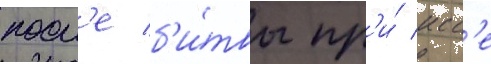
посл'е б'и́твы пр'и́ исс'е